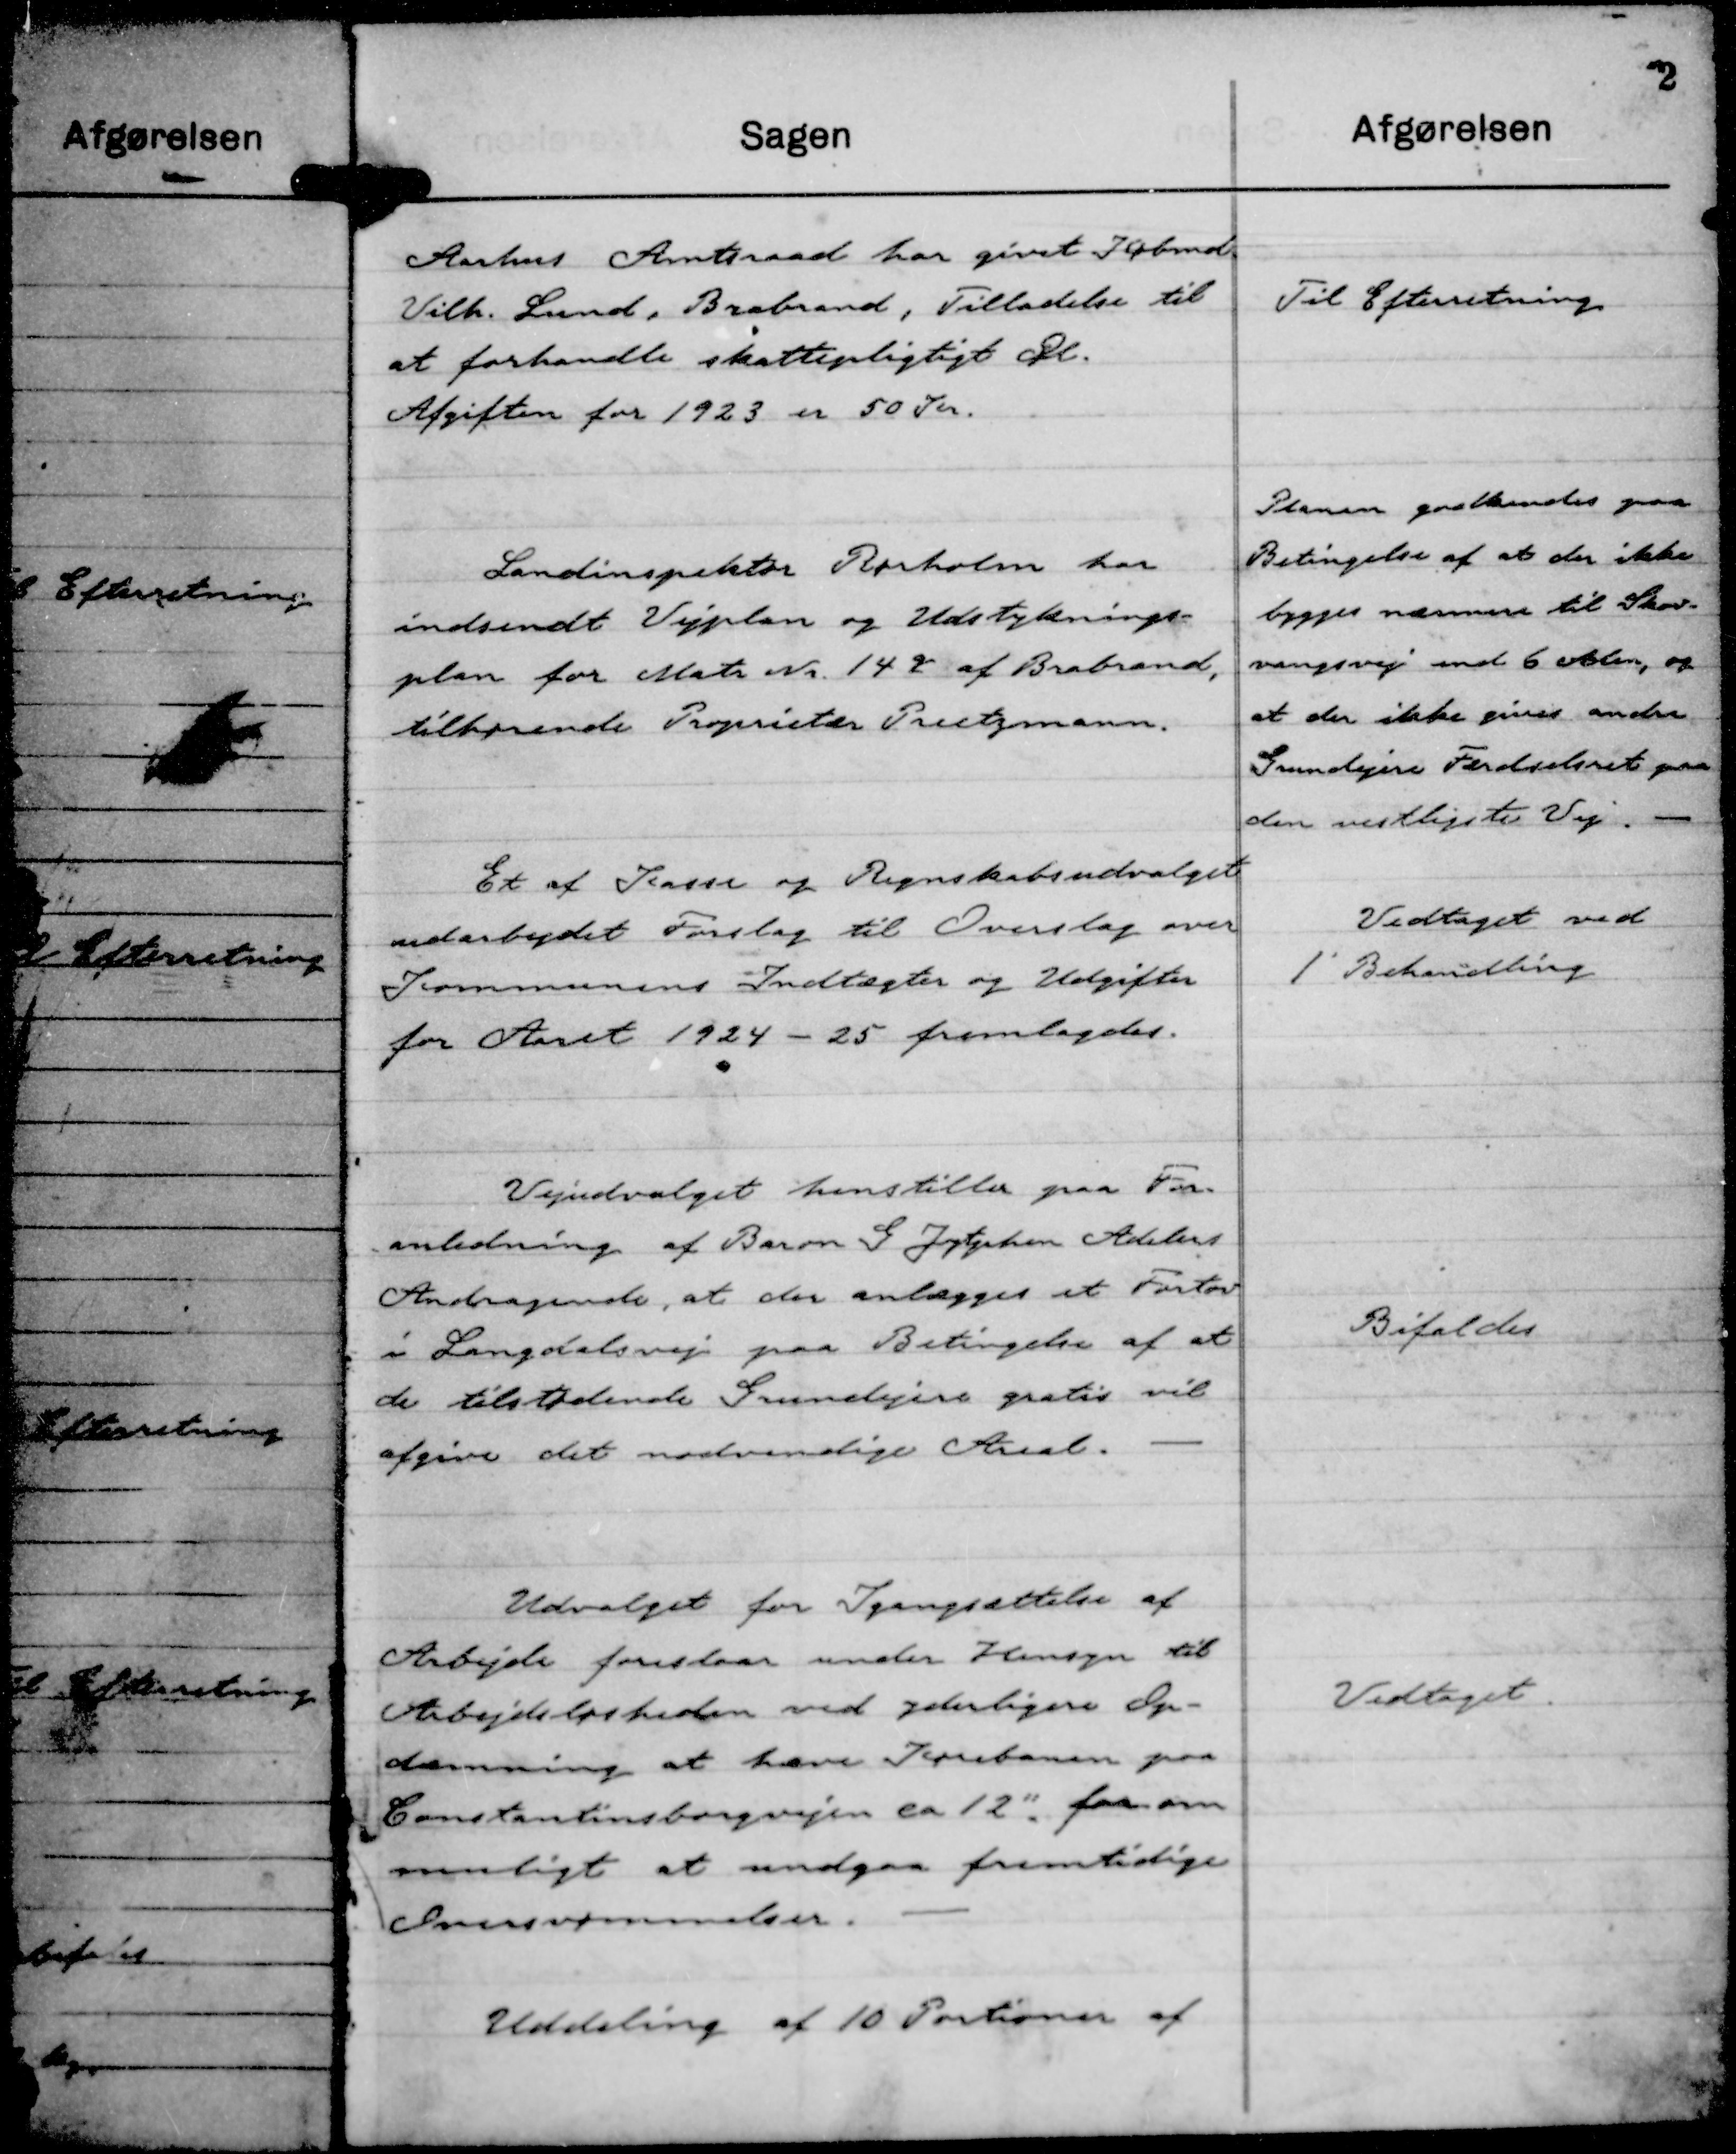
Transskription:
Aarhus Amtsraad har givet Købmd.
Vilh. Lund, Brabrand, Tilladelse til
at forhandle skattepligtigt Øl.
Afgiften for 1923 er 50 Kr.

Til Efterretning

Landinspektør Rørholm har
indsendt Vejplan og Udstyknings-
plan for Matr. Nr 14 g af Brabrand,
tilhørende Proprietær Preetzmann.

Planen godkendes paa
Betingelse af at der ikke
bygges nærmere til Skov-
vangsvej end 6 Alen, og
at der ikke gives andre
Grundejere Færdselsret paa
den vestligste Vej. -

Et af Kasse og Regnskabsudvalget
udarbejdet Forslag til Overslag over
Kommunens Indtægter og Udgifter
for Aaret 1924 - 25 fremlagdes.

Vedtaget ved
1' Behandling

Vejudvalget henstiller paa For-
anledning af Baron G Zytphen Adelers
Andragende, at der anlægges et Fortov
i Langdalsvej paa Betingelse af at
de tilstødende Grundejere gratis vil
afgive det nødvendige Areal.

Bifaldes

Udvalget for Igangsættelse af
Arbejde foreslaar under Hensyn til
Arbejdsløsheden ved yderligere Op-
dæmning at hæve Kørebanen paa
Constanstinsborgvejen ca. 12 ", for om
muligt at undgaa fremtidige
Oversvømmelser.

Vedtaget.

Uddeling af 10 Portioner af